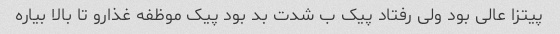
پیتزا عالی بود ولی رفتاد پیک ب شدت بد بود پیک موظفه غذارو تا بالا بیاره